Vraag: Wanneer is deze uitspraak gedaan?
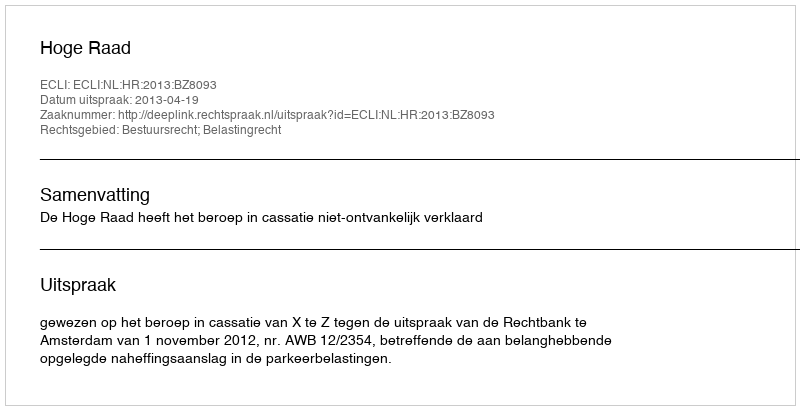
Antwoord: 2013-04-19